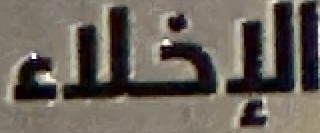
اللإخلاء